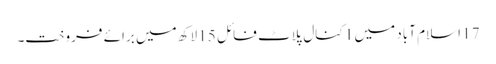
17 اسلام آباد میں 1 کنال پلاٹ فائل 15 لاکھ میں برائے فروخت۔